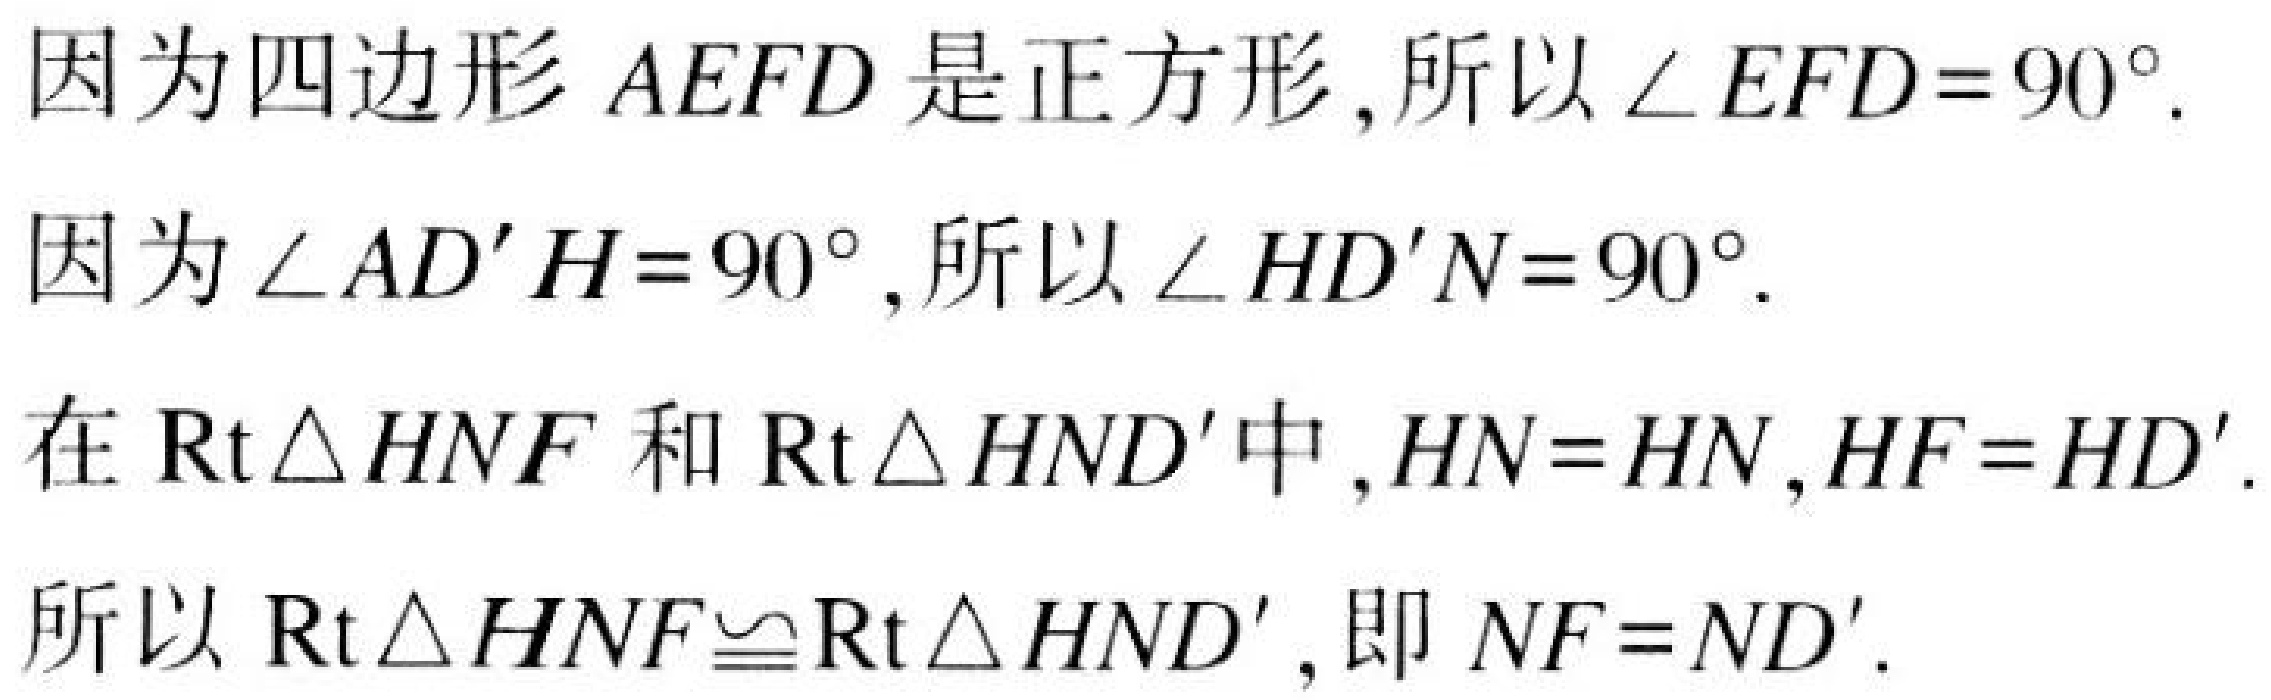
因为四边形$AEFD$是正方形,所以$\angle EFD = 90^{\circ}$.
因为$\angle AD'H = 90^{\circ}$,所以$\angle HD'N = 90^{\circ}$.
在$\mathrm{Rt}\triangle HNF$和$\mathrm{Rt}\triangle HND'$中,$HN = HN,HF = HD'$.
所以$\mathrm{Rt}\triangle HNF\cong\mathrm{Rt}\triangle HND'$, 即$NF = ND'$.